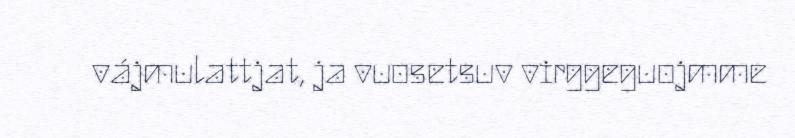
vájmulattjat, ja vuosetsuv virggeguojmme